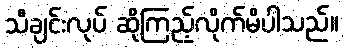
သီချင်းလုပ် ဆိုကြည့်လိုက်မိပါသည်။